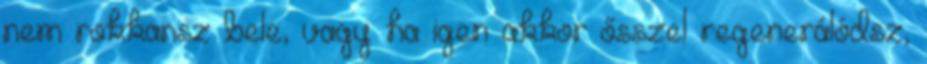
nem rokkansz bele, vagy ha igen akkor ősszel regenerálódsz,